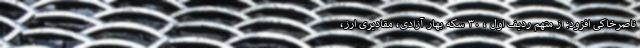
ناصرخاکی افزود: از متهم ردیف اول ، ۳۰ سکه بهار آزادی، مقادیری ارز،